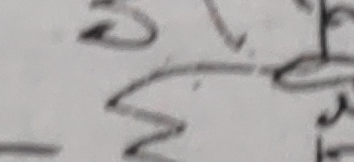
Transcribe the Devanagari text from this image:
न